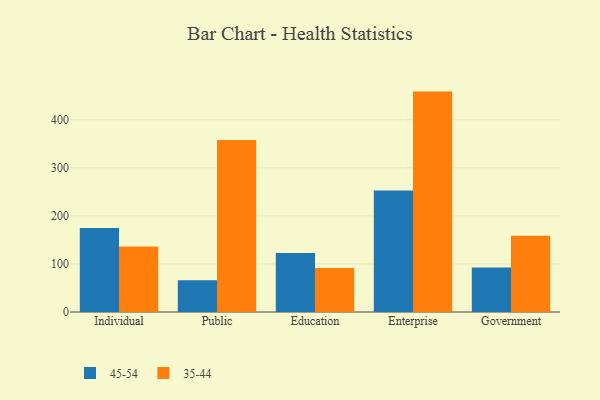
{"axis": {"x": "Segment", "y": "Demand Index"}, "legend": ["35-44", "45-54"], "data": [{"x": "Individual", "y": 174.7, "type": "45-54"}, {"x": "Individual", "y": 136.1, "type": "35-44"}, {"x": "Public", "y": 66.1, "type": "45-54"}, {"x": "Public", "y": 357.9, "type": "35-44"}, {"x": "Education", "y": 122.6, "type": "45-54"}, {"x": "Education", "y": 91.8, "type": "35-44"}, {"x": "Enterprise", "y": 252.9, "type": "45-54"}, {"x": "Enterprise", "y": 458.6, "type": "35-44"}, {"x": "Government", "y": 92.7, "type": "45-54"}, {"x": "Government", "y": 158.5, "type": "35-44"}]}